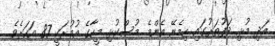
އަދި މުޅި ދަފުތަރުގައި ހިމެނޭ އެންމެ މުސްކުޅި މީހާގެ އުމުރަކީ 87 އަހަރެވެ.